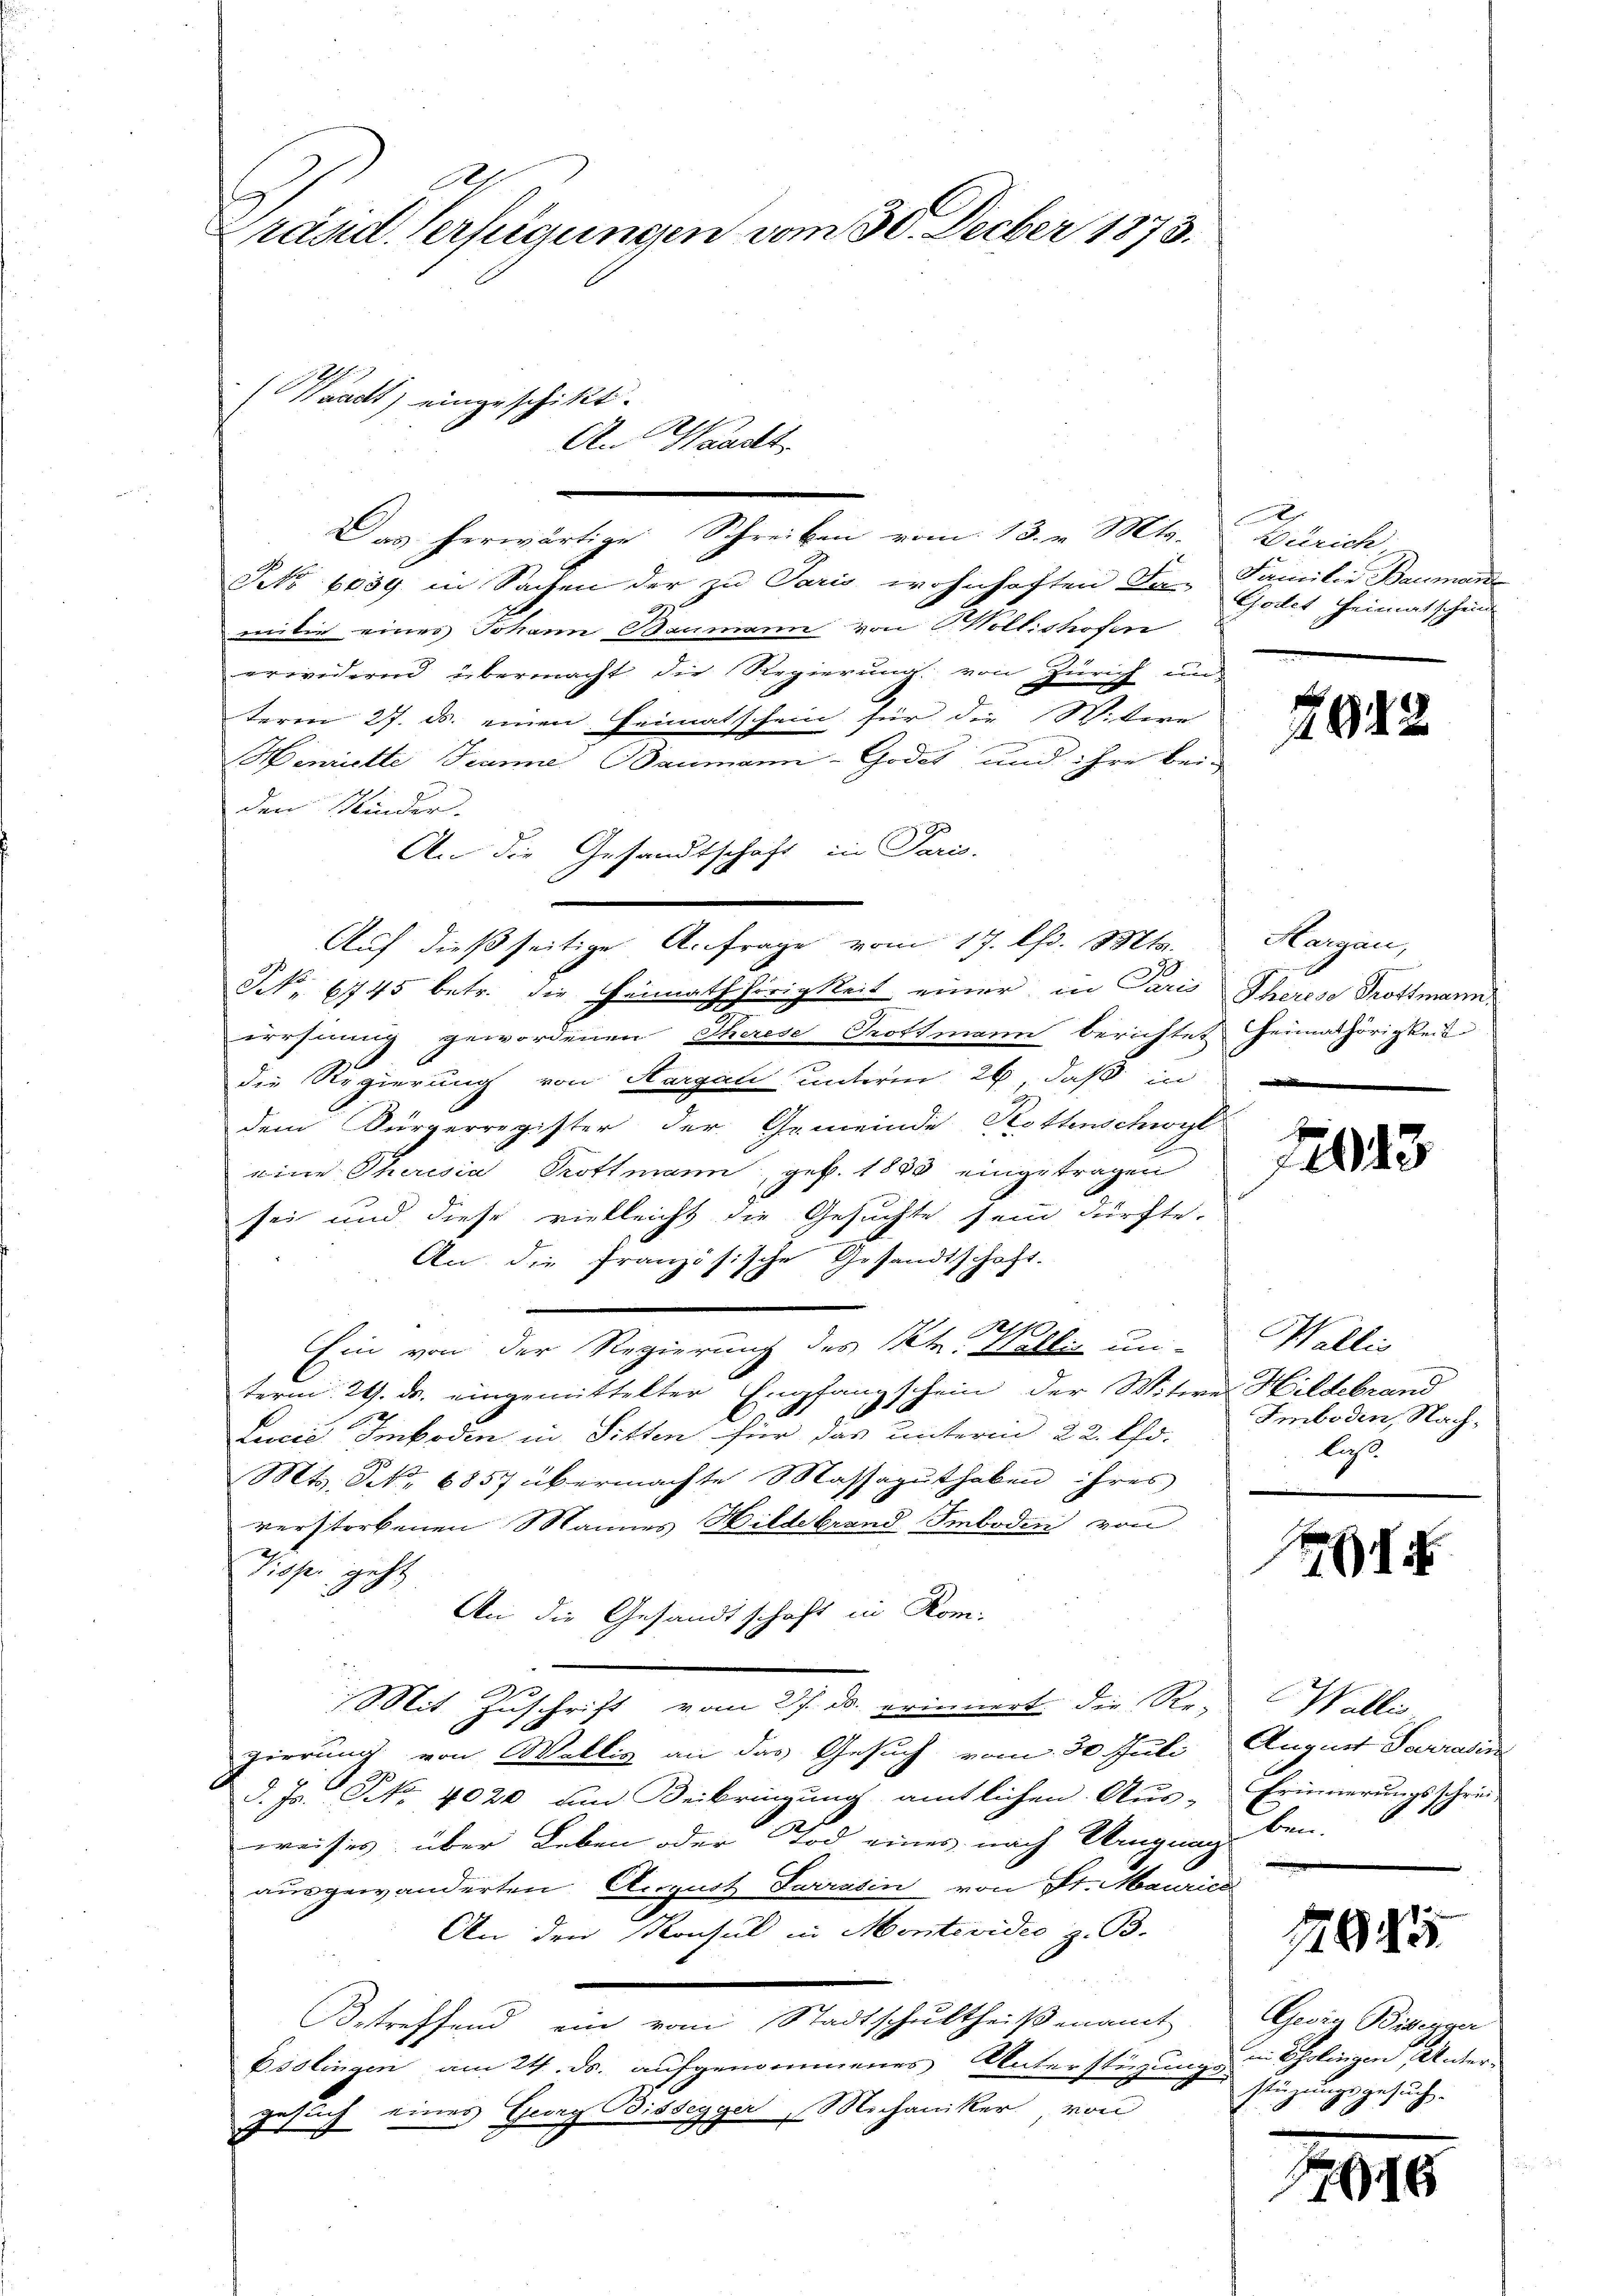
Grand Verfügungen vom 30. Decber 1873.
(Waadt) eingeschikt.
An Waadt

Kko 6059 in Sachen der zu Paris wohnhaften Fa- Familie Baumane
milie eines Johann Baumann von B. Kollishofen
erwidernd übermacht die Regierung von Zürich un
E
term 27. ds. einen Heimatschein für die Wittere
Wenrichte Jeanne Baumann-Godet und ihre bei-
den Kinder.
An die Gesandtschaft in Paris.
Auf dießseitige A. Frage vom 17. Chr. Mts.
NNNo. 6745 betr. die Heimathörigkeit einer in Paris Theres Trottmann
irrsinnig gewordenen Therese Trottmann berichtet Heimathörigkeit
die Regierung von Thurgau unterm 26 daß in
2
dem Bürgerregister der Gemeinde Hottenschwyl
eine Theresia Trottmann, geb. 1883 eingetragen
sei und diese vielleicht die Gesuchte sein dürfte.
An die französische Gesandtschaft.
.
e
Ein von der Regierung des Kt. Wallis un-
term 29. ds. eingemittelter Empfangstein der Witwe Hildebrand
1
1
Lucia Imboden in Sitten für das unterm 22. Chr.
Mts. Nr. 6857 übermachte Massagŭthaben ihres
verstorbenen Mannes Hildebrand Imboden von
Disse geht
An die Gesandtschaft in Kom-
Mit Zuschrift vom 27. ds. erinnert die Re-
gierung von Wellig an das Gesuch vom 30 Juli August Sarradin
d. Js. No. 4020 um Beibringung amtlichen Aus- Erinnerungsschri
weises über Leben oder Tod eines nach Urugung bei.
ausgewanderten August Sarrasin von St. Maurica
An den Konsul in Montevidie z. B.
Betreffend ein vom Stadtschultheißenamt
Esslingen am 24. ds. aufgenommenes Unterstüzungs-Stüzungsgesuche
Gesuch eines Georg Bissegger Mechaniker, von

Das herwärtige Schreiben vom 13. v. Mts.

A
Zürich,
Gottet Heimatschein

2942

Hargau,

J

d

72013

Wallis
Imboden, Nachlaß

Walli

1885

Gesin Bisegger
in Schalingen sicher-

¬